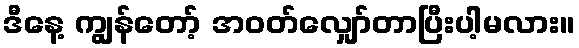
ဒီနေ့ ကျွန်တော့် အဝတ်လျှော်တာပြီးပါ့မလား။